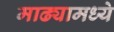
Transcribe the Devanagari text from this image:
माढ्यामध्ये